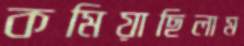
কমিয়াছিলাম